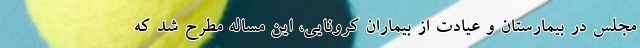
مجلس در بیمارستان و عیادت از بیماران کرونایی، این مساله مطرح شد که